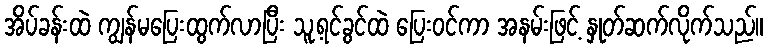
အိပ်ခန်းထဲ ကျွန်မပြေးထွက်လာပြီး သူ့ရင်ခွင်ထဲ ပြေးဝင်ကာ အနမ်းဖြင့် နှုတ်ဆက်လိုက်သည်။